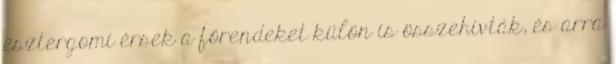
esztergomi érsek a főrendeket külön is összehívták, és arra